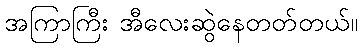
အကြာကြီး အီလေးဆွဲနေတတ်တယ်။